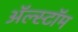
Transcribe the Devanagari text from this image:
ॲल्स्टॉम